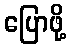
ပြောဖို့